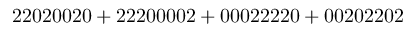
\mathrm { 2 2 0 2 0 0 2 0 + 2 2 2 0 0 0 0 2 + 0 0 0 2 2 2 2 0 + 0 0 2 0 2 2 0 2 }